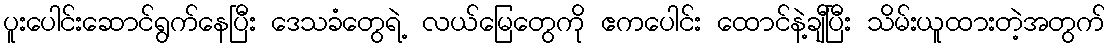
ပူးပေါင်းဆောင်ရွက်နေပြီး ဒေသခံတွေရဲ့ လယ်မြေတွေကို ဧကပေါင်း ထောင်နဲ့ချီပြီး သိမ်းယူထားတဲ့အတွက်